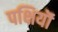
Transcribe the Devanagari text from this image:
पक्षियॊं